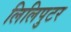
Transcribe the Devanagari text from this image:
लिलिपुटर